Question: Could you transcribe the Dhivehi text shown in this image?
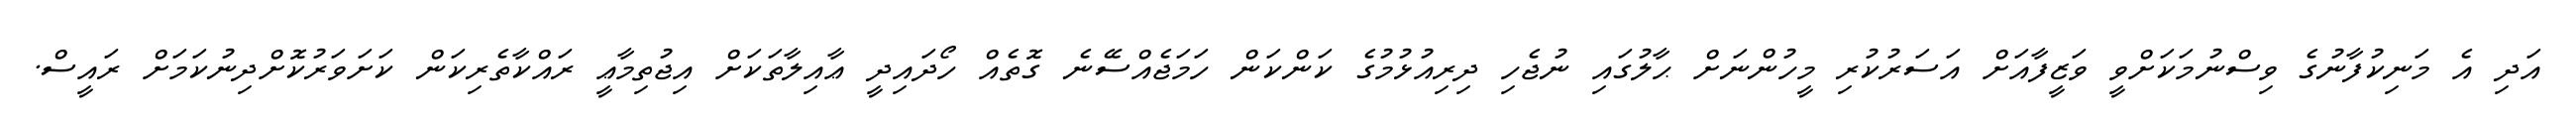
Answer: އަދި އެ މަނިކުފާނުގެ ވިސްނުމަކަށްވީ ވަޒީފާއަށް އަސަރުކުރި މީހުންނަށް ޙާލުގައި ނުޖެހި ދިރިއުޅުމުގެ ކަންކަން ހަމަޖެއްސޭނެ ގޮތެއް ހޯދައިދީ ޢާއިލާތަކަށް އިޖުތިމާޢީ ރައްކާތެރިކަން ކަށަވަރުކޮށްދިނުކަމަށް ރައީސް.